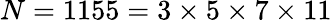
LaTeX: N=1155=3\times 5\times 7\times 11